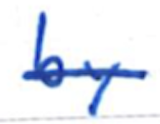
Text: by
Cross-out: single-line
Writing tool: ballpoint